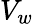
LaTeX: V_{w}